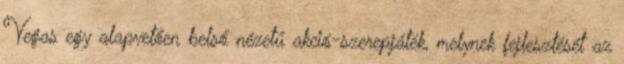
Vegas egy alapvetően belső nézetű akció-szerepjáték, melynek fejlesztését az